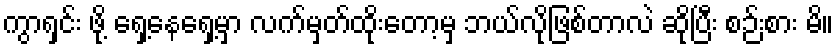
ကွာရှင်း ဖို့ ရှေ့နေရှေ့မှာ လက်မှတ်ထိုးတော့မှ ဘယ်လိုဖြစ်တာလဲ ဆိုပြီး စဉ်းစား မိ။